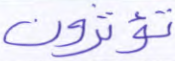
تؤثرون